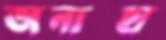
অনাস্হা